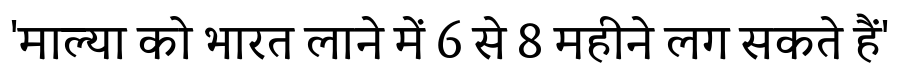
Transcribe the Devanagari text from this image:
'माल्या को भारत लाने में 6 से 8 महीने लग सकते हैं'